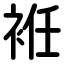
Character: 袵